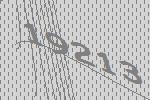
19213